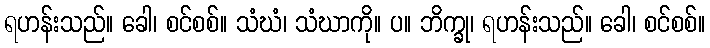
ရဟန်းသည်။ ခေါ၊ စင်စစ်။ သံဃံ၊ သံဃာကို။ ပ။ ဘိက္ခု၊ ရဟန်းသည်။ ခေါ၊ စင်စစ်။